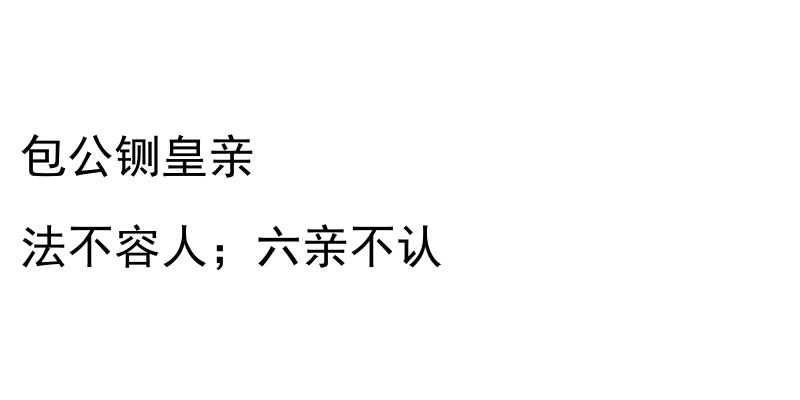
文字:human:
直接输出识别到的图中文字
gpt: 包公铡皇亲 法不容人；六亲不认